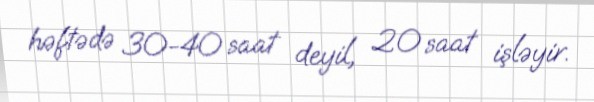
həftədə 30-40 saat deyil, 20 saat işləyir.